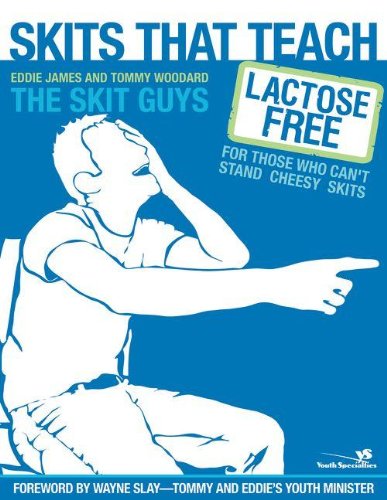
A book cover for Skits That Teach: Lactose Free for Those Who Can't Stand Cheesy Skits (Youth Specialties); Eddie James; Literature & Fiction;